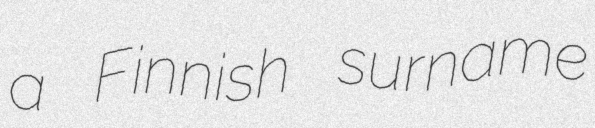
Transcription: a Finnish surname